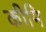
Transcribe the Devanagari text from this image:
कीमि